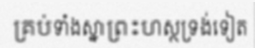
គ្រប់ទាំងស្នាព្រះហស្ថទ្រង់ទៀត